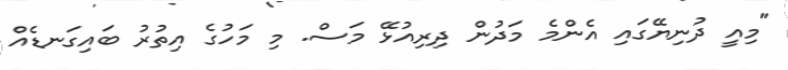
"މިއީ ދުނިޔޭގައި އެންމެ މަދުން ދިރިއުޅޭ މަސް. މި މަހުގެ އިތުރު ބައިގަނޑެއް